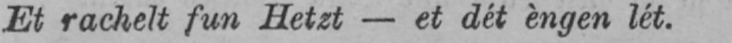
Et rachelt fun Hetzt - et dét èngen lét.